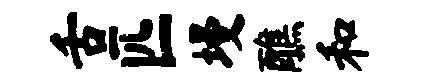
舌匹墁醮和